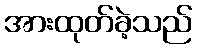
အားထုတ်ခဲ့သည်